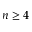
n \geq 4